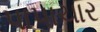
પાપાચાર